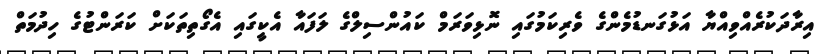
އިރާދަކުރެއްވިއްޔާ އަޅުގަނޑުމެންގެ ވެރިކަމުގައި ނޮޅިވަރަމް ކައުންސިލްގެ ލަފައާ އެކީގައި އެގޯތިތަކަށް ކަރަންޓުގެ ހިދުމަތް